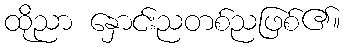
ထိုညာ နှောင်းညတစ်ညဖြစ်၏။